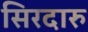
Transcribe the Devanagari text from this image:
सिरदारु